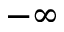
- \infty